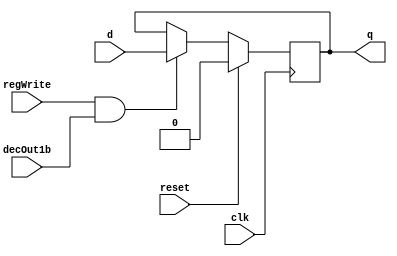
//RegisterFile.v

//D flip-flop implementation
module D_ff( input clk, input reset, input regWrite, input decOut1b , input d, output reg q);
    always @ (negedge clk)
    begin
    if(reset==1)
        q=0;
    else
        if(regWrite == 1 && decOut1b==1)
        begin
            q=d;
        end
    end
endmodule

//32 bit register
module register32bit(input clk, input reset, input regWrite, input decoderOut1bit, input[31:0] writeData, output[31:0] regOut);
//A N-bit register consists of N D flip-flops, each storing a bit of data.
//In this case, there will be 32 instances of D_ff, each taking writeData[0]...[31] as the d input and regOut[0]...[31] as the q output
//WRITE CODE HERE

  D_ff d1(clk, reset, regWrite, decoderOut1bit, writeData[0], regOut[0]);
  D_ff d2(clk, reset, regWrite, decoderOut1bit, writeData[1], regOut[1]);
  D_ff d3(clk, reset, regWrite, decoderOut1bit, writeData[2], regOut[2]);
  D_ff d4(clk, reset, regWrite, decoderOut1bit, writeData[3], regOut[3]);
  D_ff d5(clk, reset, regWrite, decoderOut1bit, writeData[4], regOut[4]);
  D_ff d6(clk, reset, regWrite, decoderOut1bit, writeData[5], regOut[5]);
  D_ff d7(clk, reset, regWrite, decoderOut1bit, writeData[6], regOut[6]);
  D_ff d8(clk, reset, regWrite, decoderOut1bit, writeData[7], regOut[7]);
  D_ff d9(clk, reset, regWrite, decoderOut1bit, writeData[8], regOut[8]);
  D_ff d10(clk, reset, regWrite, decoderOut1bit, writeData[9], regOut[9]);
  D_ff d11(clk, reset, regWrite, decoderOut1bit, writeData[10], regOut[10]);
  D_ff d12(clk, reset, regWrite, decoderOut1bit, writeData[11], regOut[11]);
  D_ff d13(clk, reset, regWrite, decoderOut1bit, writeData[12], regOut[12]);
  D_ff d14(clk, reset, regWrite, decoderOut1bit, writeData[13], regOut[13]);
  D_ff d15(clk, reset, regWrite, decoderOut1bit, writeData[14], regOut[14]);
  D_ff d16(clk, reset, regWrite, decoderOut1bit, writeData[15], regOut[15]);
  D_ff d17(clk, reset, regWrite, decoderOut1bit, writeData[16], regOut[16]);
  D_ff d18(clk, reset, regWrite, decoderOut1bit, writeData[17], regOut[17]);
  D_ff d19(clk, reset, regWrite, decoderOut1bit, writeData[18], regOut[18]);
  D_ff d20(clk, reset, regWrite, decoderOut1bit, writeData[19], regOut[19]);
  D_ff d21(clk, reset, regWrite, decoderOut1bit, writeData[20], regOut[20]);
  D_ff d22(clk, reset, regWrite, decoderOut1bit, writeData[21], regOut[21]);
  D_ff d23(clk, reset, regWrite, decoderOut1bit, writeData[22], regOut[22]);
  D_ff d24(clk, reset, regWrite, decoderOut1bit, writeData[23], regOut[23]);
  D_ff d25(clk, reset, regWrite, decoderOut1bit, writeData[24], regOut[24]);
  D_ff d26(clk, reset, regWrite, decoderOut1bit, writeData[25], regOut[25]);
  D_ff d27(clk, reset, regWrite, decoderOut1bit, writeData[26], regOut[26]);
  D_ff d28(clk, reset, regWrite, decoderOut1bit, writeData[27], regOut[27]);
  D_ff d29(clk, reset, regWrite, decoderOut1bit, writeData[28], regOut[28]);
  D_ff d30(clk, reset, regWrite, decoderOut1bit, writeData[29], regOut[29]);
  D_ff d31(clk, reset, regWrite, decoderOut1bit, writeData[30], regOut[30]);
  D_ff d32(clk, reset, regWrite, decoderOut1bit, writeData[31], regOut[31]);

endmodule

//Active high decoder
module decoder_5to32(input[4:0] in, output reg[31:0] decOut);
//WRITE CODE HERE

  always @ ( * )
  begin
    case(in)
      5'd0 : decOut = 32'b00000000000000000000000000000001;
      5'd1 : decOut = 32'b00000000000000000000000000000010;
      5'd2 : decOut = 32'b00000000000000000000000000000100;
      5'd3 : decOut = 32'b00000000000000000000000000001000;
      5'd4 : decOut = 32'b00000000000000000000000000010000;
      5'd5 : decOut = 32'b00000000000000000000000000100000;
      5'd6 : decOut = 32'b00000000000000000000000001000000;
      5'd7 : decOut = 32'b00000000000000000000000010000000;
      5'd8 : decOut = 32'b00000000000000000000000100000000;
      5'd9 : decOut = 32'b00000000000000000000001000000000;
      5'd10 : decOut = 32'b00000000000000000000010000000000;
      5'd11 : decOut = 32'b00000000000000000000100000000000;
      5'd12 : decOut = 32'b00000000000000000001000000000000;
      5'd13 : decOut = 32'b00000000000000000010000000000000;
      5'd14 : decOut = 32'b00000000000000000100000000000000;
      5'd15 : decOut = 32'b00000000000000001000000000000000;
      5'd16 : decOut = 32'b00000000000000010000000000000000;
      5'd17 : decOut = 32'b00000000000000100000000000000000;
      5'd18 : decOut = 32'b00000000000001000000000000000000;
      5'd19 : decOut = 32'b00000000000010000000000000000000;
      5'd20 : decOut = 32'b00000000000100000000000000000000;
      5'd21 : decOut = 32'b00000000001000000000000000000000;
      5'd22 : decOut = 32'b00000000010000000000000000000000;
      5'd23 : decOut = 32'b00000000100000000000000000000000;
      5'd24 : decOut = 32'b00000001000000000000000000000000;
      5'd25 : decOut = 32'b00000010000000000000000000000000;
      5'd26 : decOut = 32'b00000100000000000000000000000000;
      5'd27 : decOut = 32'b00001000000000000000000000000000;
      5'd28 : decOut = 32'b00010000000000000000000000000000;
      5'd29 : decOut = 32'b00100000000000000000000000000000;
      5'd30 : decOut = 32'b01000000000000000000000000000000;
      5'd31 : decOut = 32'b10000000000000000000000000000000;
      5'dx : decOut = 32'bx;
    endcase
  end

endmodule

// select 0 = in0 1 = in1
module mux2to1_5bit(input [4:0] in0, input [4:0] in1, input select, output reg [4:0] muxOut);
  //WRITE CODE HERE
  always @(in0 or in1 or select)
		 if (select == 1'b0)
				 muxOut = in0;
		 else if(select == 1'b1)
				 muxOut = in1;
		 else if(select == 1'bx)
			   muxOut=5'bxxxxx;

endmodule

module mux32to1_32bit(input[31:0] in0, input[31:0] in1, input[31:0] in2, input[31:0] in3, input[31:0] in4, input[31:0] in5, input[31:0] in6, input[31:0] in7,
    input[31:0] in8, input[31:0] in9, input[31:0] in10, input[31:0] in11, input[31:0] in12, input[31:0] in13, input[31:0] in14, input[31:0] in15,
    input[31:0] in16, input[31:0] in17, input[31:0] in18, input[31:0] in19, input[31:0] in20, input[31:0] in21, input[31:0] in22, input[31:0] in23,
    input[31:0] in24, input[31:0] in25, input[31:0] in26, input[31:0] in27, input[31:0] in28, input[31:0] in29, input[31:0] in30, input[31:0] in31,input[4:0] select,output reg[31:0] muxOut);
   //WRITE CODE HERE

   always @(in0 or in1 or in2 or in3 or in4 or in5 or in6 or in7 or in8 or in9 or in10 or in11 or in12 or in13 or in14 or in15 or in16 or
     in17 or in18 or in19 or in20 or in21 or in22 or in23 or in24 or in25 or in26 or in27 or in28 or in29 or in30 or in31 or select)
 		 if (select == 5'd0)
 				 muxOut = in0;
 		 else if (select == 5'd1)
 				 muxOut = in1;
		 else if (select == 5'd2)
	 			 muxOut = in2;
		 else if (select == 5'd3)
 				 muxOut = in3;
		 else if (select == 5'd4)
	 			 muxOut = in4;
		 else if (select == 5'd5)
 		  	 muxOut = in5;
 		 else if (select == 5'd6)
 				 muxOut = in6;
 		 else if (select == 5'd7)
		 		 muxOut = in7;
     else if (select == 5'd8)
 				 muxOut = in8;
		 else if (select == 5'd9)
	 			 muxOut = in9;
		 else if (select == 5'd10)
 				 muxOut = in10;
		 else if (select == 5'd11)
	 			 muxOut = in11;
		 else if (select == 5'd12)
 		  	 muxOut = in12;
 		 else if (select == 5'd13)
 				 muxOut = in13;
 		 else if (select == 5'd14)
		 		 muxOut = in14;
     else if (select == 5'd15)
 				 muxOut = in15;
		 else if (select == 5'd16)
	 			 muxOut = in16;
		 else if (select == 5'd17)
 		  	 muxOut = in17;
 		 else if (select == 5'd18)
 				 muxOut = in18;
 		 else if (select == 5'd19)
		 		 muxOut = in19;
     else if (select == 5'd20)
 				 muxOut = in20;
		 else if (select == 5'd21)
	 			 muxOut = in21;
		 else if (select == 5'd22)
 		  	 muxOut = in22;
 		 else if (select == 5'd23)
 				 muxOut = in23;
 		 else if (select == 5'd24)
		 		 muxOut = in24;
     else if (select == 5'd25)
 				 muxOut = in25;
		 else if (select == 5'd26)
	 			 muxOut = in26;
		 else if (select == 5'd27)
 		  	 muxOut = in27;
 		 else if (select == 5'd28)
 				 muxOut = in28;
 		 else if (select == 5'd29)
		 		 muxOut = in29;
     else if (select == 5'd30)
 				 muxOut = in30;
		 else if (select == 5'd31)
	 			 muxOut = in31;
		 else if (select == 5'bxxxxx)
		 		 muxOut = 32'bx;

endmodule

//register set with 32 registers
module registerSet(input clk, input reset, input regWrite, input[31:0] decoderOut, input[31:0] writeData,
    output [31:0] outR0, output[31:0] outR1, output[31:0] outR2, output[31:0] outR3, output[31:0] outR4, output[31:0] outR5, output[31:0] outR6, output[31:0] outR7,
    output [31:0] outR8, output[31:0] outR9, output[31:0] outR10, output[31:0] outR11, output[31:0] outR12, output[31:0] outR13, output[31:0] outR14, output[31:0] outR15,
    output [31:0] outR16, output[31:0] outR17, output[31:0] outR18, output[31:0] outR19, output[31:0] outR20, output[31:0] outR21, output[31:0] outR22, output[31:0] outR23,
    output [31:0] outR24, output[31:0] outR25, output[31:0] outR26, output[31:0] outR27, output[31:0] outR28, output[31:0] outR29, output[31:0] outR30, output[31:0] outR31);
    //WRITE CODE HERE

    register32bit r1(clk, reset, regWrite, decoderOut[0], writeData, outR0);
    register32bit r2(clk, reset, regWrite, decoderOut[1], writeData, outR1);
    register32bit r3(clk, reset, regWrite, decoderOut[2], writeData, outR2);
    register32bit r4(clk, reset, regWrite, decoderOut[3], writeData, outR3);
    register32bit r5(clk, reset, regWrite, decoderOut[4], writeData, outR4);
    register32bit r6(clk, reset, regWrite, decoderOut[5], writeData, outR5);
    register32bit r7(clk, reset, regWrite, decoderOut[6], writeData, outR6);
    register32bit r8(clk, reset, regWrite, decoderOut[7], writeData, outR7);
    register32bit r9(clk, reset, regWrite, decoderOut[8], writeData, outR8);
    register32bit r10(clk, reset, regWrite, decoderOut[9], writeData, outR9);
    register32bit r11(clk, reset, regWrite, decoderOut[10], writeData, outR10);
    register32bit r12(clk, reset, regWrite, decoderOut[11], writeData, outR11);
    register32bit r13(clk, reset, regWrite, decoderOut[12], writeData, outR12);
    register32bit r14(clk, reset, regWrite, decoderOut[13], writeData, outR13);
    register32bit r15(clk, reset, regWrite, decoderOut[14], writeData, outR14);
    register32bit r16(clk, reset, regWrite, decoderOut[15], writeData, outR15);
    register32bit r17(clk, reset, regWrite, decoderOut[16], writeData, outR16);
    register32bit r18(clk, reset, regWrite, decoderOut[17], writeData, outR17);
    register32bit r19(clk, reset, regWrite, decoderOut[18], writeData, outR18);
    register32bit r20(clk, reset, regWrite, decoderOut[19], writeData, outR19);
    register32bit r21(clk, reset, regWrite, decoderOut[20], writeData, outR20);
    register32bit r22(clk, reset, regWrite, decoderOut[21], writeData, outR21);
    register32bit r23(clk, reset, regWrite, decoderOut[22], writeData, outR22);
    register32bit r24(clk, reset, regWrite, decoderOut[23], writeData, outR23);
    register32bit r25(clk, reset, regWrite, decoderOut[24], writeData, outR24);
    register32bit r26(clk, reset, regWrite, decoderOut[25], writeData, outR25);
    register32bit r27(clk, reset, regWrite, decoderOut[26], writeData, outR26);
    register32bit r28(clk, reset, regWrite, decoderOut[27], writeData, outR27);
    register32bit r29(clk, reset, regWrite, decoderOut[28], writeData, outR28);
    register32bit r30(clk, reset, regWrite, decoderOut[29], writeData, outR29);
    register32bit r31(clk, reset, regWrite, decoderOut[30], writeData, outR30);
    register32bit r32(clk, reset, regWrite, decoderOut[31], writeData, outR31);


endmodule

module registerFile(input clk, input reset, input regWrite, input[4:0] rs, input[4:0] rt, input[4:0] rd0, input[4:0] rd1, input[31:0] writeData, input select, output[31:0] regRs, output[31:0] regRt);
    //WRITE CODE HERE

    wire [4:0] mux2to1Out_5bit;
    wire [31:0] decoderOut;
    wire [31:0] outReg0, outReg1, outReg2, outReg3, outReg4, outReg5, outReg6, outReg7, outReg8, outReg9, outReg10, outReg11, outReg12, outReg13, outReg14, outReg15, outReg16,
    outReg17, outReg18, outReg19, outReg20, outReg21, outReg22, outReg23, outReg24, outReg25, outReg26, outReg27, outReg28, outReg29, outReg30, outReg31;

    mux2to1_5bit mux1(rd0, rd1, select, mux2to1Out_5bit);
    decoder_5to32 decoder(mux2to1Out_5bit, decoderOut);
    registerSet regSet(clk, reset,  regWrite, decoderOut, writeData, outReg0, outReg1, outReg2, outReg3, outReg4, outReg5, outReg6, outReg7, outReg8, outReg9, outReg10, outReg11, outReg12, outReg13, outReg14, outReg15, outReg16,
      outReg17, outReg18, outReg19, outReg20, outReg21, outReg22, outReg23, outReg24, outReg25, outReg26, outReg27, outReg28, outReg29, outReg30, outReg31);
    mux32to1_32bit out0(outReg0, outReg1, outReg2, outReg3, outReg4, outReg5, outReg6, outReg7, outReg8, outReg9, outReg10, outReg11, outReg12, outReg13, outReg14, outReg15, outReg16,
      outReg17, outReg18, outReg19, outReg20, outReg21, outReg22, outReg23, outReg24, outReg25, outReg26, outReg27, outReg28, outReg29, outReg30, outReg31, rs, regRs);
    mux32to1_32bit out1(outReg0, outReg1, outReg2, outReg3, outReg4, outReg5, outReg6, outReg7, outReg8, outReg9, outReg10, outReg11, outReg12, outReg13, outReg14, outReg15, outReg16,
      outReg17, outReg18, outReg19, outReg20, outReg21, outReg22, outReg23, outReg24, outReg25, outReg26, outReg27, outReg28, outReg29, outReg30, outReg31, rt, regRt);

endmodule


module testbench();
//inputs
    reg clk,reset,regWrite,select;
    reg [4:0] rs,rt,rd1,rd0;
    reg [31:0] writeData;
//outputs
    wire [31:0] outR0;
    wire [31:0] outR1;
//instantiate module
    registerFile uut(clk,reset,regWrite,rs,rt,rd0,rd1,writeData,select,outR0,outR1);

always begin #5 clk=~clk; end
    initial
    begin
        $dumpfile("2017B5A70834G_Lab2.vcd"); //replace yourID with your BITS ID here
        $dumpvars(0,testbench);
        clk=0; reset=1; rs=5'd0; rt=5'd1; rd1=5'd0; rd0=5'd2; //reset is active high, so outR0 and outR1 will be 0
        #5 reset=0; select=1; regWrite=1; rd1=5'd1; writeData=32'd1; //1 is written to register 1, since regWrite is active and rd1 is selected
        #10 rd1=5'd3; writeData=32'd3; //3 is written to register 3
        #10 rd1=5'd10; writeData=32'd10; rs=5'd1; rt=5'd3; //10 is written to register 10, outR0 is 1 and outR1 is 3 (values of reg1 and reg3)
        #10 rd1=5'd27; writeData=32'd27; rs=5'd0; rt=5'd10; //27 is written to register 27, outR0 is 0 and outR1 is 10
        #10 select=0; writeData=32'd21; //21 is written to register 2 since select now selects rd0
        #10 rd0=5'd4; writeData=32'd4; //4 is written to register 4
        #10 rd0=5'd16; writeData=32'd16; //16 is written to register 16
        #10 regWrite=0; rs=5'd0; rt=5'd1; //regWrite is 0, no more values will be written. outR0 is 0 and outR1 is 1
        #10 rs=5'd3;rt=5'd2; //outR0 is 3 and outR1 is 21
        #10 rs=5'd10;rt=5'd4; //outR0 is 10 and outR1 is 4
        #10 rs=5'd27;rt=5'd16; //outR0 is 27 and outR1 is 16
        #10 $finish;
    end
endmodule